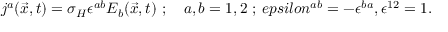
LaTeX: j ^ { a } ( \vec { x } , t ) = \sigma _ { H } \epsilon ^ { a b } E _ { b } ( \vec { x } , t ) \ ; \quad a , b = 1 , 2 \ ; \, e p s i l o n ^ { a b } = - \epsilon ^ { b a } , \epsilon ^ { 1 2 } = 1 .